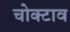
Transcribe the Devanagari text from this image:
चोक्टाव